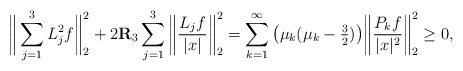
\begin{align*}\begin{aligned} \bigg\|\sum_{j=1}^3 L_j^2 f \bigg\|_{2}^2 + 2\mathbf{R}_3 \sum_{j=1}^3 \bigg\|\frac{L_j f}{|x|} \bigg\|_{2}^2 =\sum_{k = 1}^\infty \big(\mu_k( \mu_k-\tfrac{3}{2})\big) \bigg\| \frac{P_k f}{|x|^2} \bigg\|_{2}^2 \geq 0,\end{aligned}\end{align*}